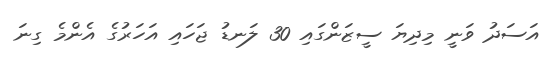
އަސަދު ވަނީ މިދިޔަ ސީޒަންގައި 30 ލަނޑު ޖަހައި އަހަރުގެ އެންމެ ގިނަ